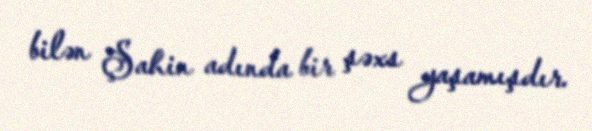
bilən Şahin adında bir şəxs yaşamışdır.